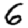
Digit: 6